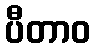
ပီတာဝ